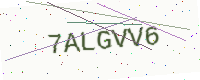
Text: 7ALGVV6